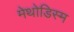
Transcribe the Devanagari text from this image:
मेथोडिस्म